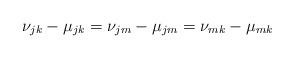
LaTeX: \begin{align*}\nu_{jk}-\mu_{jk}=\nu_{jm}-\mu_{jm}=\nu_{mk}-\mu_{mk}\end{align*}